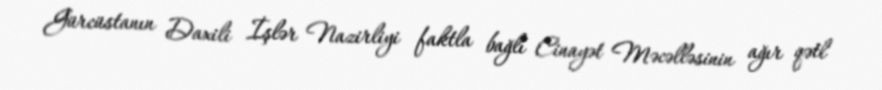
Gürcüstanın Daxili İşlər Nazirliyi faktla bağlı Cinayət Məcəlləsinin ağır qətl